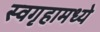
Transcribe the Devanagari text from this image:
स्वगृहामध्ये